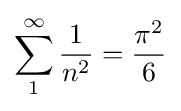
\sum _{1}^{\infty }{\frac {1}{n^{2}}}={\frac {\pi ^{2}}{6}}